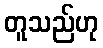
တူသည်ဟု